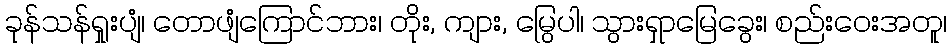
ခုန်သန်ရှုးပျံ၊ တောဖျံကြောင်ဘား၊ တိုး, ကျား, မြွေပါ၊ သွားရှာမြေခွေး၊ စည်းဝေးအတူ၊